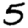
Digit: 5